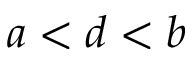
a < d < b